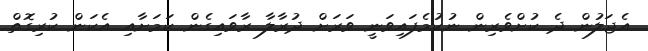
އެޖަލުން ދެ ކުށްވެރިން ނުކުމެފައިވަނީ ވަރަށް ދުރާލާ ރާވައިގެން ކަމަށާއި އެކަން ކުރިގޮތް